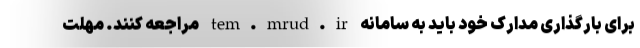
برای بارگذاری مدارک خود باید به سامانه tem.mrud.ir مراجعه کنند. مهلت